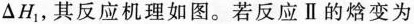
△ H_{1}，其反应机理如图。若反应 Ⅱ 的焓变为